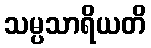
သမ္ပသာရိယတိ